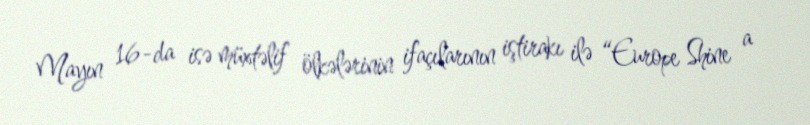
Mayın 16-da isə müxtəlif ölkələrinin ifaçılarının iştirakı ilə “Europe Shine a